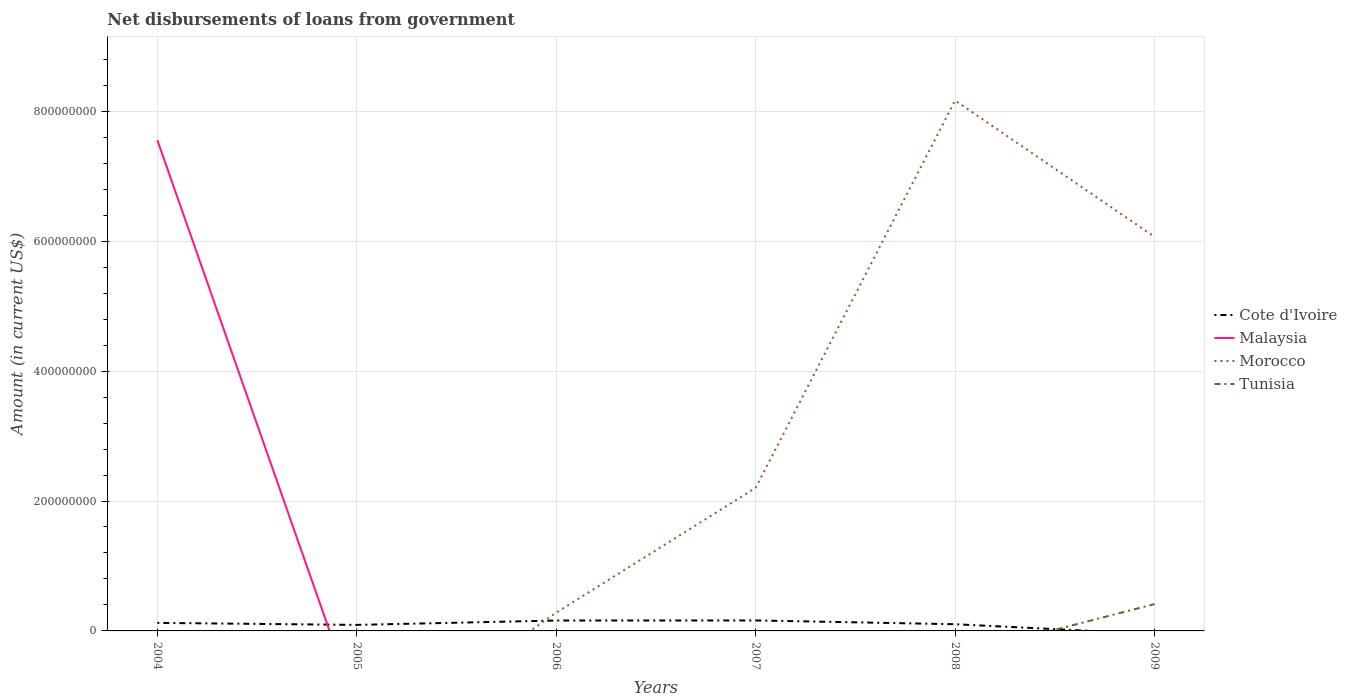
| Years | Cote d'Ivoire | Malaysia | Morocco | Tunisia |
 | --- | --- | --- | --- | --- |
 | 2004 | 1.24e+07 | 7.55e+08 | -4.42e+08 | -9.49e+07 |
 | 2005 | 9.28e+06 | -1.19e+08 | -1.87e+08 | -1.06e+08 |
 | 2006 | 1.6e+07 | -2.78e+08 | 2.82e+07 | -2.12e+07 |
 | 2007 | 1.61e+07 | -1.15e+09 | 2.2e+08 | -5.96e+07 |
 | 2008 | 1.03e+07 | -6.35e+08 | 8.17e+08 | -3.79e+07 |
 | 2009 | -4.76e+06 | -9.12e+08 | 6.07e+08 | 4.13e+07 |